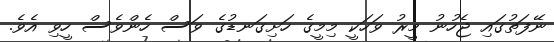
ނޭފަތުގައި ޖެހުނު މީރު ވަހަކީ މިމީގެ ހަށިގަނޑުގެ ވަސް ހެންވެސް ހީވި އެވެ.